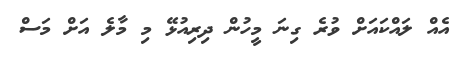
އެއް ލައްކައަށް ވުރެ ގިނަ މީހުން ދިރިއުޅޭ މި މާލެ އަށް މަސް